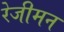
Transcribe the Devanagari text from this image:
रेजीमन